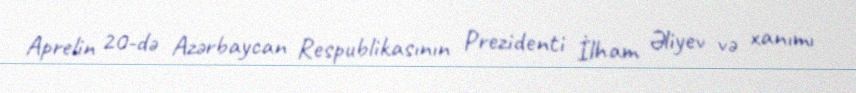
Aprelin 20-də Azərbaycan Respublikasının Prezidenti İlham Əliyev və xanımı